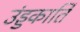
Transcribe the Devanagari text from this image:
उंड्डकार्ति